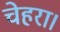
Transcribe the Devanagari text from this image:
चेहरा।